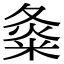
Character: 𡕝